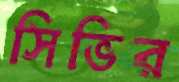
সিভির